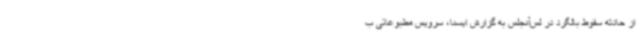
از حادثه سقوط بالگرد در لس‌آنجلس به گزارش ایسنا، سرویس مطبوعاتی ب